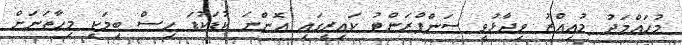
މުހައްމަދު މުއިއްޒު ވިދާޅުވީ ސަންފްރަންޓު ކައިރީގައި އޮންނަ ކުޑަކުޑަ ހިސް ބިމަކީ މިހާތަނަށް